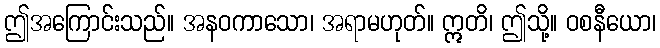
ဤအကြောင်းသည်။ အနဝကာသော၊ အရာမဟုတ်။ ဣတိ၊ ဤသို့။ ဝစနီယော၊